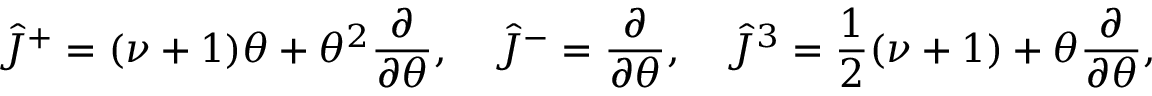
\hat { J } ^ { + } = ( \nu + 1 ) \theta + \theta ^ { 2 } \frac { \partial } { \partial \theta } , \quad \hat { J } ^ { - } = \frac { \partial } { \partial \theta } , \quad \hat { J } ^ { 3 } = \frac { 1 } { 2 } ( \nu + 1 ) + \theta \frac { \partial } { \partial \theta } ,